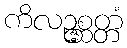
ကိလဉ္ဇစ္ဆတ္တံ